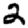
Digit: 2